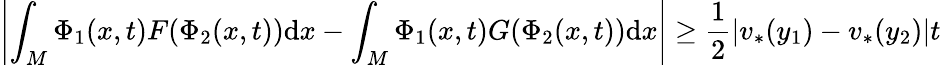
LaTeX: \left|\int_{M}\Phi_{1}(x,t)F(\Phi_{2}(x,t))\mathrm{d}x-\int_{M}\Phi_{1}(x,t)G(\Phi_{2}(x,t))\mathrm{d}x\right|\geq\frac{1}{2}|v_{*}(y_{1})-v_{*}(y_{2})|t